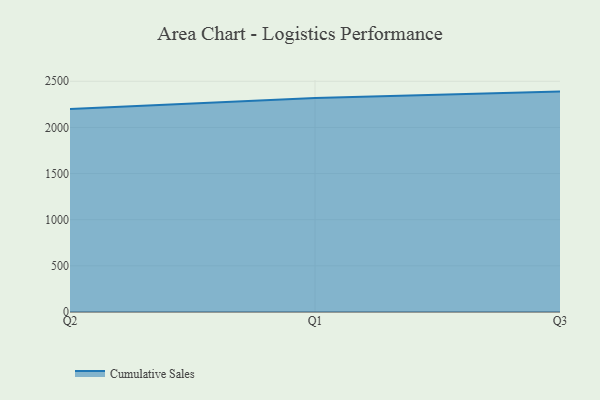
{"axis": {"x": "Quarter", "y": "Page Views"}, "legend": ["Cumulative Sales"], "data": [{"x": "Q2", "y": 2199.0, "type": "Cumulative Sales"}, {"x": "Q1", "y": 2318.0, "type": "Cumulative Sales"}, {"x": "Q3", "y": 2388.0, "type": "Cumulative Sales"}]}